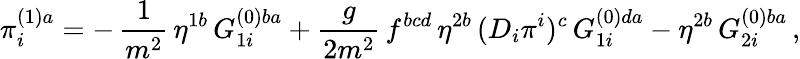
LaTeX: \pi_{i}^{(1)a}=-\, \frac{1}{m^{2}}\, \eta^{1b}\, G_{1i}^{(0)ba}+\frac{g}{2m^{2}}\, f^{bcd}\, \eta^{2b}\, (D_{i}\pi^{i})^{c}\, G_{1i}^{(0)da}-\eta^{2b}\, G_{2i}^{(0)ba}\, ,